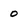
Character: 0